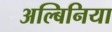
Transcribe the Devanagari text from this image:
अल्बिनिया